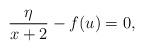
LaTeX: \begin{align*}\frac{\eta}{x+2}-f(u)=0,\end{align*}